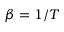
\beta = 1 / T